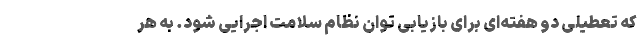
که تعطیلی دو هفته‌ای برای بازیابی توان نظام سلامت اجرایی شود. به هر